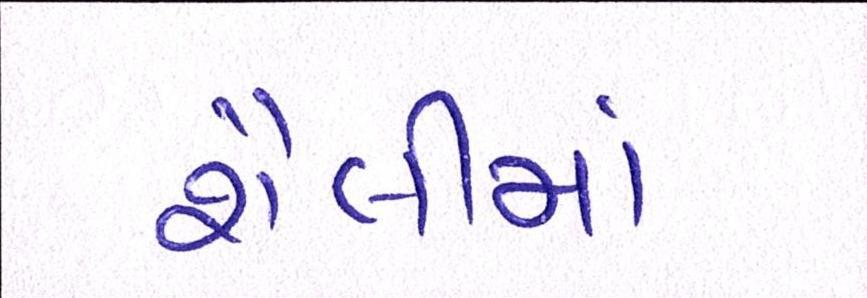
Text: શૈલીમાં